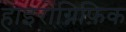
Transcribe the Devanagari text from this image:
हाइरोग्निफ़िक